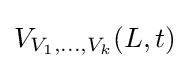
V_{V_{1},\ldots ,V_{k}}(L,t)